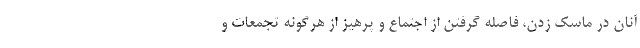
آنان در ماسک زدن، فاصله گرفتن از اجتماع و پرهیز از هرگونه تجمعات و